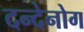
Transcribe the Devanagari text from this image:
दन्देनोग